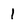
Character: 1